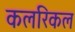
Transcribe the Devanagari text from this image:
कलरिकल